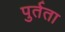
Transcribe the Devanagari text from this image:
पुर्तता